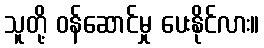
သူတို့ ဝန်ဆောင်မှု ပေးနိုင်လား။